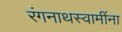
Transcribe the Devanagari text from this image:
रंगनाथस्वामींना